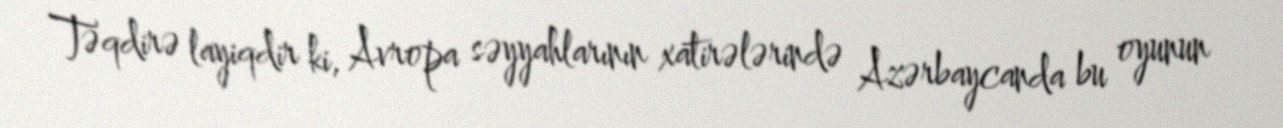
Təqdirə layiqdir ki, Avropa səyyahlarının xatirələrində Azərbaycanda bu oyunun